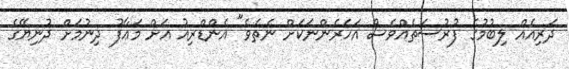
ދަރިއެއް ލިބުމުގެ ފުރުސަތެއްވެސް އަހަރެންނަކަށް ނެތެވެ" އެންޑްރިއު އަށް މަޢާފު ދިނުމަށް ދުނިޔޭގެ